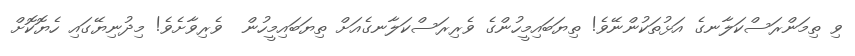
ވި ތިމަންރަސްކަލާނގެ އަޅުތަކުންނޭވެ! ތިޔަބައިމީހުންގެ ވެރިރަސްކަލާނގެއަށް ތިޔަބައިމީހުން  ވެރިވާށެވެ! މިދުނިޔޭގައި ހެޔޮކޮށް